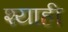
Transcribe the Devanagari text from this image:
श्याही